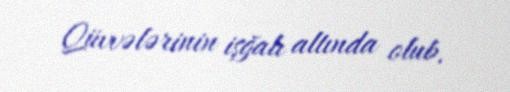
Qüvvələrinin işğalı altında olub.